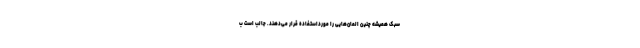
سبک همیشه چنین المان‌هایی را مورداستفاده قرار می‌دهند. جالب است ب